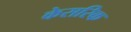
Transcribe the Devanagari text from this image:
केसरिक